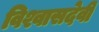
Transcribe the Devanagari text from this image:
विश्वासदेवी